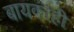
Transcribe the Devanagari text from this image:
बायकाही